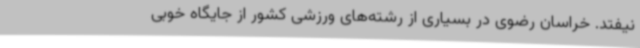
نیفتد. خراسان رضوی در بسیاری از رشته‌های ورزشی کشور از جایگاه خوبی